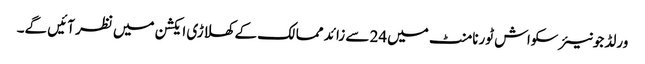
ورلڈ جونیئر سکواش ٹورنامنٹ میں24 سے زائد ممالک کے کھلاڑی ایکشن میں نظر آئیں گے۔